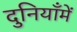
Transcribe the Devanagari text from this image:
दुनियाँमें